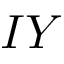
I Y